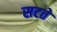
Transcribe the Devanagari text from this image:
सटते